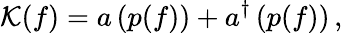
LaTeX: {\cal K}(f)=a\left(p(f)\right)+a^{\dagger}\left(p(f)\right)\, ,